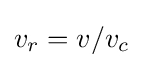
v_{r}=v/v_{c}